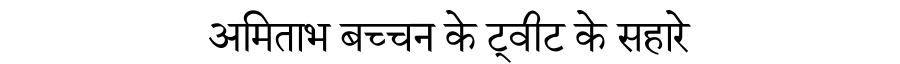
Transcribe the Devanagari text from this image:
अमिताभ बच्चन के ट्वीट के सहारे